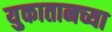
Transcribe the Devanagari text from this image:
युकातानच्या